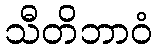
သီတိဘာဝံ